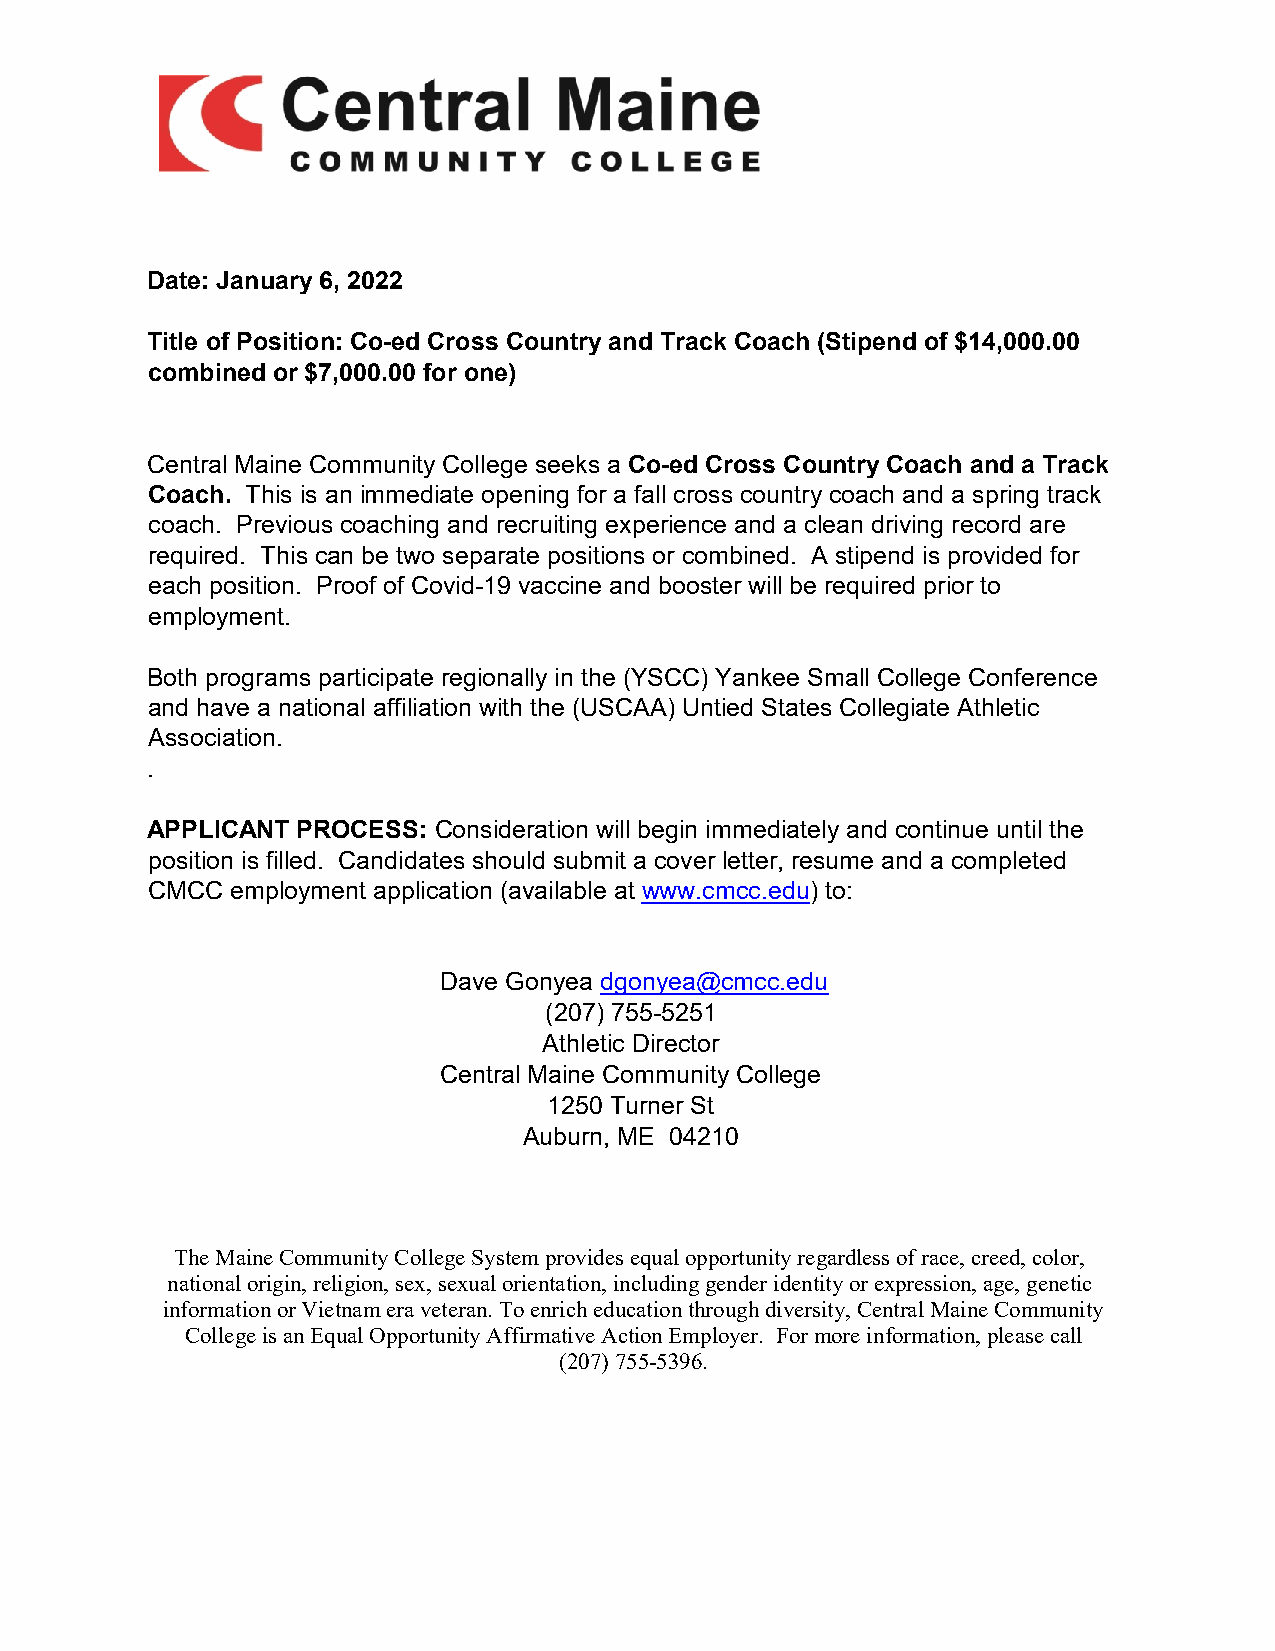
Date: January 6, 2022
 Title of Position: Co-ed Cross Country and Track Coach (Stipend of $14,000.00
 combined or $7,000.00 for one)
 Central Maine Community College seeks a Co-ed Cross Country Coach and a Track
 Coach. This is an immediate opening for a fall cross country coach and a spring track
 coach. Previous coaching and recruiting experience and a clean driving record are
 required. This can be two separate positions or combined. A stipend is provided for
 each position. Proof of Covid-19 vaccine and booster will be required prior to
 employment.
 Both programs participate regionally in the (YSCC) Yankee Small College Conference
 and have a national affiliation with the (USCAA) Untied States Collegiate Athletic
 Association.
 .
 APPLICANT PROCESS: Consideration will begin immediately and continue until the
 position is filled. Candidates should submit a cover letter, resume and a completed
 CMCC employment application (available at www.cmcc.edu) to:
 Dave Gonyea dgonyea@cmcc.edu
 (207) 755-5251
 Athletic Director
 Central Maine Community College
 1250 Turner St
 Auburn, ME 04210
 The Maine Community College System provides equal opportunity regardless of race, creed, color,
 national origin, religion, sex, sexual orientation, including gender identity or expression, age, genetic
 information or Vietnam era veteran. To enrich education through diversity, Central Maine Community
 College is an Equal Opportunity Affirmative Action Employer. For more information, please call
 (207) 755-5396.